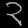
Digit: ၃